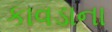
કાવડાના